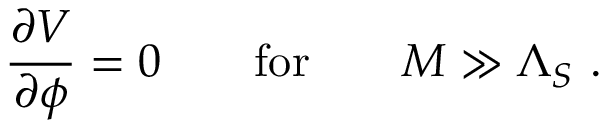
\frac { \partial V } { \partial { \cal \phi } } = 0 \quad \quad \mathrm { f o r } \quad \quad { \cal M } \gg { \Lambda _ { S } } \ .